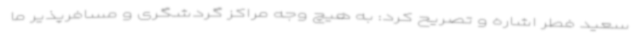
سعید فطر اشاره و تصریح کرد: به هیچ وجه مراکز گردشگری و مسافرپذیر ما